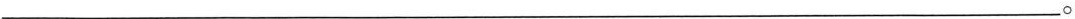
___。